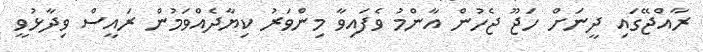
ރާއްޖޭގައި ދީނަށް ހަޖޫ ޖެހުން އާންމު ވެފައިވާ މިންވަރު ކިޔާދެއްވަމުން ރައީސް ވިދާޅުވީ